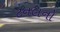
ટનલનો